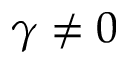
\gamma \neq 0